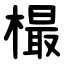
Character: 樶